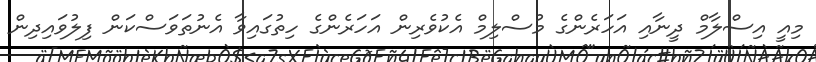
މިއީ އިސްލާމް ދީނާއި އަހަރެންގެ މުސްލިމް އެކުވެރިން އަހަރެންގެ ހިތުގައިވާ އެނުތަވަސްކަން ފިލުވައިދިން